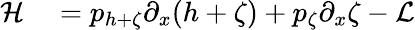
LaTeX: \begin{array}{rl}{\mathcal{H}}&{{}=p_{h+\zeta}\partial_{x}(h+\zeta)+p_{\zeta}\partial_{x}\zeta-\mathcal{L}}\end{array}